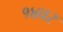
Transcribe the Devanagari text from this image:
१४वर